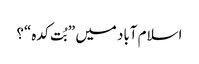
اسلام آباد میں ”بُت کدہ“؟